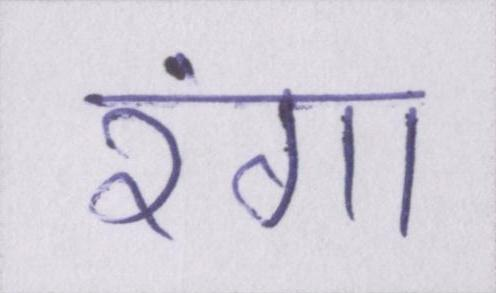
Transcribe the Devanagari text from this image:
रंगा